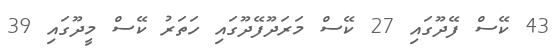
43 ކޭސް ފޭދޫގައި 27 ކޭސް މަރަދޫފޭދޫގައި ހަތަރު ކޭސް މީދޫގައި 39